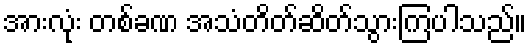
အားလုံး တစ်ခဏ အသံတိတ်ဆိတ်သွားကြပါသည်။